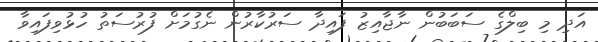
އަދި މި ބިލްގެ ސަބަބުން ނާޖާއިޒު ފައިދާ ސަރުކާރުން ނެގުމަށް ފުރުސަތު ހުޅުވިފައިވާ